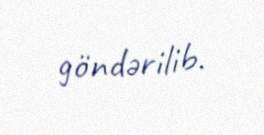
göndərilib.